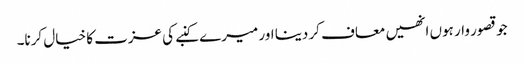
جو قصور وار ہوں انھیں معاف کر دینا اور میرے کنبے کی عزت کا خیال کرنا۔